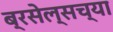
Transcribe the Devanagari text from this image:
ब्रसेल्सच्या